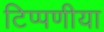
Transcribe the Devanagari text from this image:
टिप्पणीया